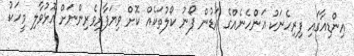
އިންޑިއާގައި ފިރިހެނަކު އަންހެނެއްގެ އަޑުން ފޯނު ކޯލުތަކެއް ކޮށް ވިޔަފާރިވެރިންނަށް އޮޅުވާލި މީހަކު